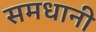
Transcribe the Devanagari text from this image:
समधानी